Punjab Mental Hospital Lahore 1932-46 - 1932-1946
Year: 1932
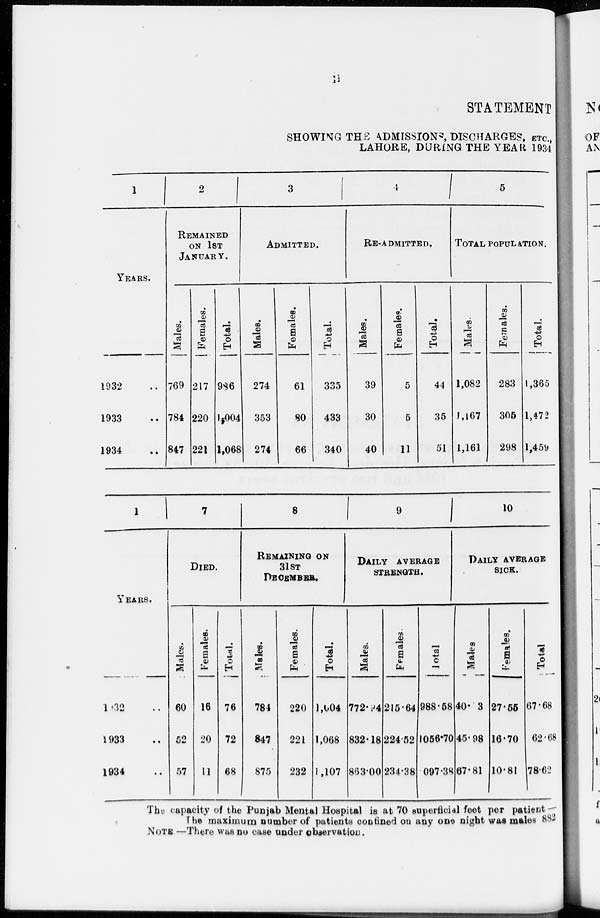
STATEMENT
SHOWING THE ADMISSIONS, DISCHARGES, ETC.,
LAHORE, DURING THE YEAR 1934
1
YEARS.
1932 ..
1933 ..
1934 ..
2
REMAINED
ON 1ST
JANUARY.
Males.
769
784
847
Females.
217
220
221
Total.
986
1,004
1,068
3
ADMITTED.
Males.
274
353
274
Females.
61
80
66
Total.
335
433
340
4
RE-ADMITTED.
Males.
39
30
40
Females.
5
5
11
Total.
44
35
51
5
TOTAL POPULATION.
Males.
1,082
1,167
1,161
Females.
283
305
298
Total.
1,365
1,472
l,459
1
YEARS.
1932 ..
1933 ..
1934 ..
7
DIED.
Males.
60
52
57
Females.
16
20
11
Total.
76
72
68
8
REMAINING ON
31ST
DECEMBER.
Males.
784
847
875
Females.
220
221
232
Total.
1,004
1,068
1,107
9
DAILY AVERAGE
STRENGTH.
Males.
772.94
832.18
863.00
Females.
215.64
22452
234.38
Total.
988.58
1056.70
097.38
10
DAILY AVERAGE
SICK.
Males.
40. 3
45.98
67.81
Females.
27.55
16.70
10.81
Total.
67.68
62.68
78.62
The capacity of the Punjab Mental Hospital is at 70 superficial feet per patient
The maximum number of patients confined on any one night was males 882
NOTE —There was no case under observation.